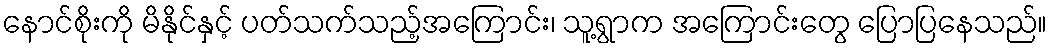
နောင်စိုးကို မိနိုင်နှင့် ပတ်သက်သည့်အကြောင်း၊ သူ့ရွာက အကြောင်းတွေ ပြောပြနေသည်။